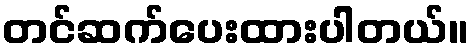
တင်ဆက်ပေးထားပါတယ်။